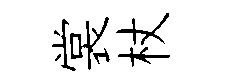
裳杖